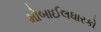
મોબાઈલધારકો